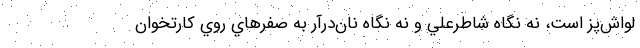
لواش‌پز است، نه نگاه شاطرعلي و نه نگاه نان‌درآر به صفرهاي روي كارتخوان